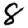
Digit: 8